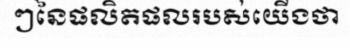
ៗនៃផលិតផលរបស់យើងថា